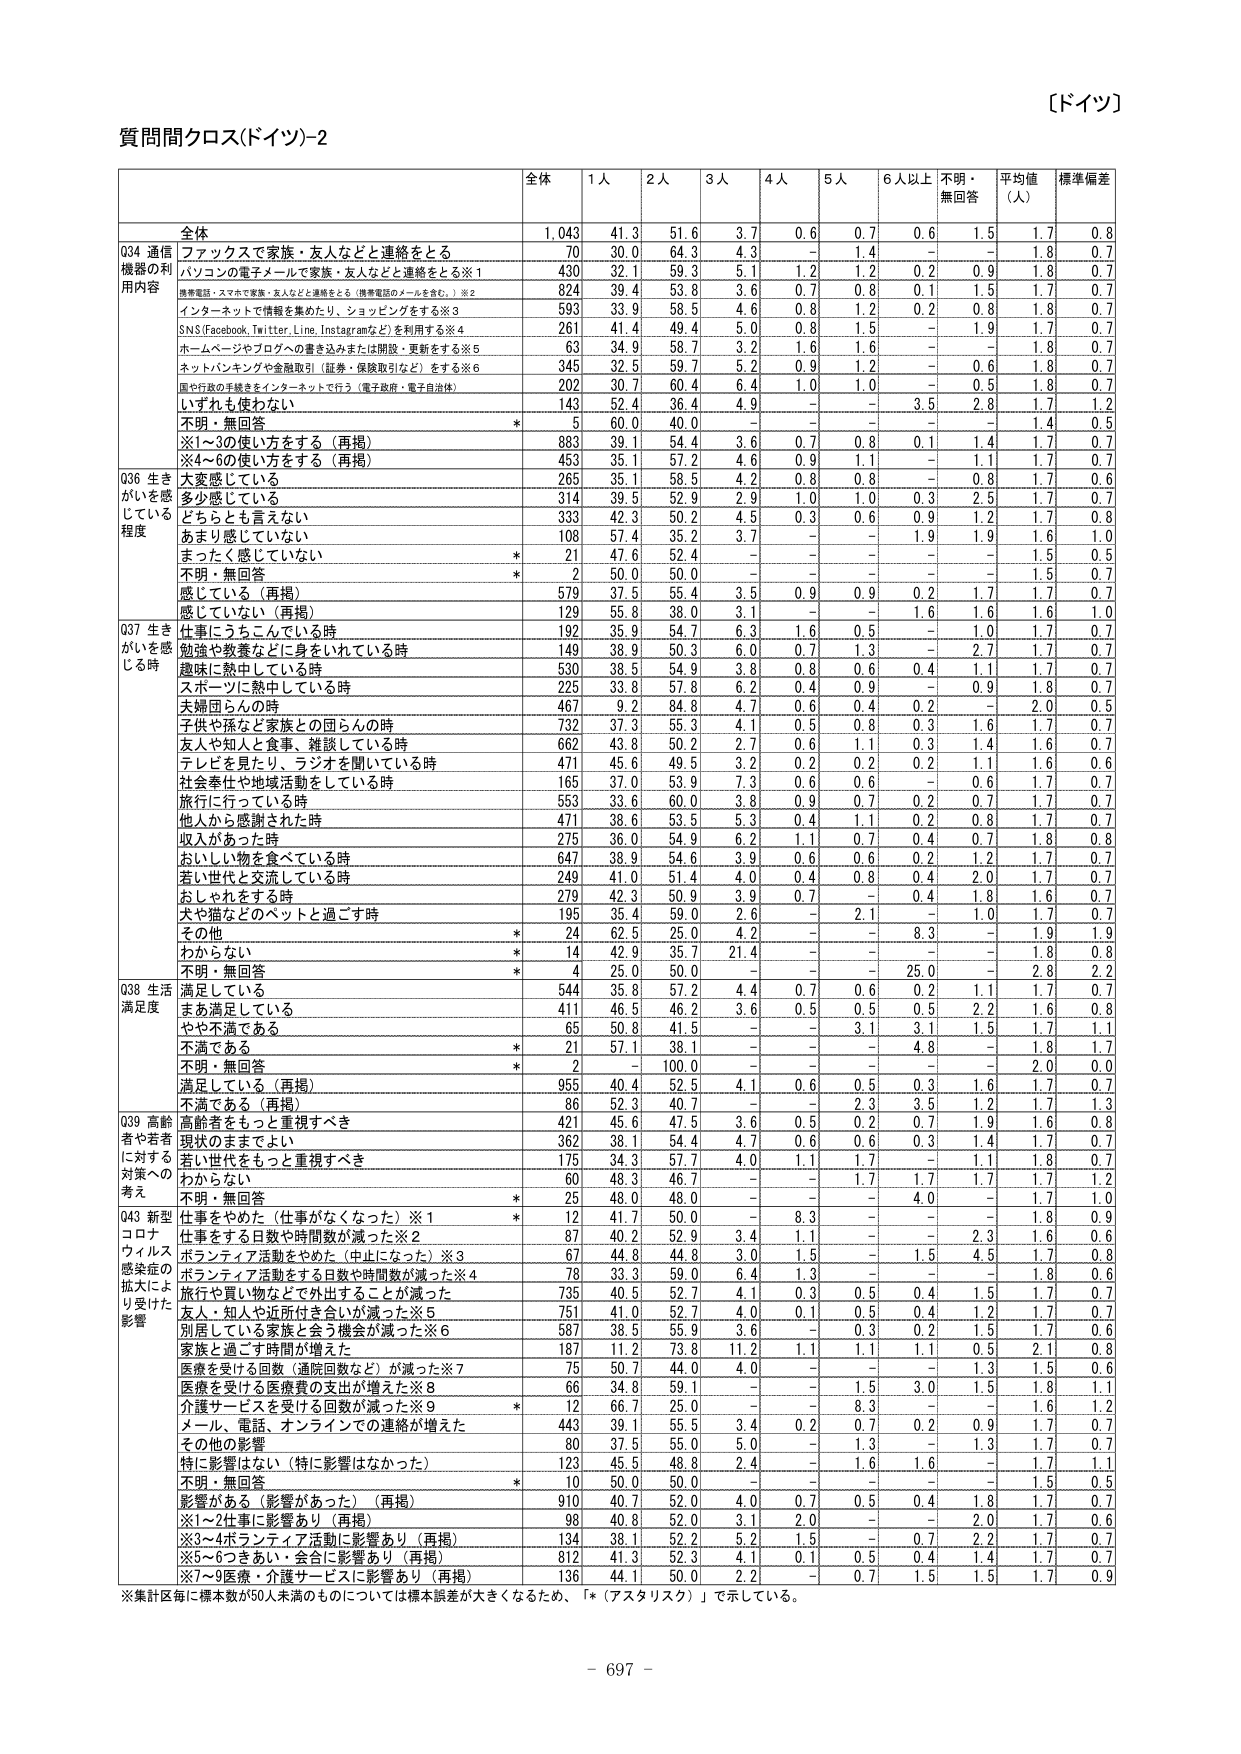
【ドイツ】

質問間クロス(ドイツ)-2

全体 1人 2人 3人 4人 5人 6人以上 不明・ 無回答 平均値 （人） 標準偏差

全体 1,043 41.3 51.6 3.7 0.6 0.7 0.6 1.5 1.7 0.8

Q34 通信 ファックスで家族・友人などと連絡をとる 70 30.0 64.3 4.3 - 1.4 - - 1.8 0.7
機器の利 パソコンの電子メールで家族・友人などと連絡をとる※1 430 32.1 59.3 5.1 1.2 1.2 0.2 0.9 1.8 0.7
用内容 携帯電話・スマホで家族・友人などと連絡をとる（携帯電話のメールを含む。）※2 824 39.4 53.8 3.6 0.7 0.8 0.1 1.5 1.7 0.7
インターネットで情報を集めたり、ショッピングをする※3 593 33.9 58.5 4.6 0.8 1.2 0.2 0.8 1.8 0.7
SNS（Facebook, Twitter, Line, Instagramなど）を利用する※4 261 41.4 49.4 5.0 0.8 1.5 - 1.9 1.7 0.7
ホームページやブログへの書き込みまたは閲覧・更新をする※5 63 34.9 58.7 3.2 1.6 1.6 - - 1.8 0.7
ネットバンキングや金融取引（証券・保険取引など）をする※6 345 32.5 59.7 5.2 0.9 1.2 - 0.6 1.8 0.7
国や行政の手続きをインターネットで行う（電子政府・電子自治体） 202 30.7 60.4 6.4 1.0 1.0 - 0.5 1.8 0.7
いずれも使わない 143 52.4 36.4 4.9 - - 3.5 2.8 1.7 1.2
不明・無回答 * 5 60.0 40.0 - - - - - 1.4 0.5
※1～3の使い方をする（再掲） 883 39.1 54.4 3.6 0.7 0.8 0.1 1.4 1.7 0.7
※4～6の使い方をする（再掲） 453 35.1 57.2 4.6 0.9 1.1 - 1.1 1.7 0.7

Q36 生き 大変感じている 265 35.1 58.5 4.2 0.8 0.8 - 0.8 1.7 0.6
がいを感じ 多少感じている 314 39.5 52.9 2.9 1.0 1.0 0.3 2.5 1.7 0.7
している どちらとも言えない 333 42.3 50.2 4.5 0.3 0.6 0.9 1.2 1.7 0.8
程度 あまり感じていない 108 57.4 35.2 3.7 - - 1.9 1.9 1.6 1.0
まったく感じていない * 21 47.6 52.4 - - - - - 1.5 0.5
不明・無回答 * 2 50.0 50.0 - - - - - 1.5 0.7
感じている（再掲） 579 37.5 55.4 3.5 0.9 0.9 0.2 1.7 1.7 0.7
感じていない（再掲） 129 55.8 38.0 3.1 - - 1.6 1.6 1.6 1.0

Q37 生き 仕事にうちこんでいる時 192 35.9 54.7 6.3 1.6 0.5 - 1.0 1.7 0.7
がいを感じ 勤勉や教養などに身をいれている時 149 38.9 50.3 6.0 0.7 1.3 - 2.7 1.7 0.7
いる時 趣味に熱中している時 530 38.5 54.9 3.8 0.8 0.6 0.4 1.1 1.7 0.7
スポーツに熱中している時 225 33.8 57.8 6.2 0.4 0.9 - 0.9 1.8 0.7
夫婦団らんの時 467 9.2 84.8 4.7 0.6 0.4 0.2 - 2.0 0.5
子供や孫など家族との団らんの時 732 37.3 55.3 4.1 0.5 0.8 0.3 1.6 1.7 0.7
友人や知人と食事、雑談している時 662 43.8 50.2 2.7 0.6 1.1 0.3 1.4 1.6 0.7
テレビを見たり、ラジオを聞いている時 471 45.6 49.5 3.2 0.2 0.2 0.2 1.1 1.6 0.6
社会奉仕や地域活動をしている時 165 37.0 53.9 7.3 0.6 0.6 - 0.6 1.7 0.7
旅行に行っている時 553 33.6 60.0 3.8 0.9 0.7 0.2 0.7 1.7 0.7
他人から感謝された時 471 38.6 53.5 5.3 0.4 1.1 0.2 0.8 1.7 0.7
収入があった時 275 36.0 54.9 6.2 1.1 0.7 0.4 0.7 1.8 0.8
おいしい物を食べている時 647 38.9 54.6 3.9 0.6 0.6 0.2 1.2 1.7 0.7
若い世代と交流している時 249 41.0 51.4 4.0 0.4 0.8 0.4 2.0 1.7 0.7
おしゃれをする時 279 42.3 50.9 3.9 0.7 - 0.4 1.8 1.6 0.7
犬や猫などのペットと過ごす時 195 35.4 59.0 2.6 - 2.1 - 1.0 1.7 0.7
その他 * 24 62.5 25.0 4.2 - - 8.3 - 1.9 1.9
わからない * 14 42.9 35.7 21.4 - - - - 1.8 0.8
不明・無回答 * 4 25.0 50.0 - - - 25.0 - 2.8 2.2

Q38 生活 満足している 544 35.8 57.2 4.4 0.7 0.6 0.2 1.1 1.7 0.7
満足度 まあ満足している 411 46.5 46.2 3.6 0.5 0.5 0.5 2.2 1.6 0.8
やや不満である 65 50.8 41.5 - - 3.1 3.1 1.5 1.7 1.1
不満である * 21 57.1 38.1 - - - 4.8 - 1.8 1.7
不明・無回答 * 2 - 100.0 - - - - - 2.0 0.0
満足している（再掲） 955 40.4 52.5 4.1 0.6 0.5 0.3 1.6 1.7 0.7
不満である（再掲） 86 52.3 40.7 - - 2.3 3.5 1.2 1.7 1.3

Q39 高齢 高齢者をもっと重視すべき 421 45.6 47.5 3.6 0.5 0.2 0.7 1.9 1.6 0.8
者や若者 現状のままでよい 362 38.1 54.4 4.7 0.6 0.6 0.3 1.4 1.7 0.7
に対する 若い世代をもっと重視すべき 175 34.3 57.7 4.0 1.1 1.7 - 1.1 1.8 0.7
対策への わからない 60 48.3 46.7 - - 1.7 1.7 1.7 1.7 1.2
考え 不明・無回答 * 25 48.0 48.0 - - - 4.0 - 1.7 1.0

Q43 新型 仕事をやめた（仕事がなくなった）※1 * 12 41.7 50.0 - 8.3 - - - 1.8 0.9
コロナ 仕事をする日数や時間が減った※2 87 40.2 52.9 3.4 1.1 - - 2.3 1.6 0.6
ウィルス ボランティア活動をやめた（中止になった）※3 67 44.8 44.8 3.0 1.5 - 1.5 4.5 1.7 0.8
感染症の ボランティア活動をする日数や時間が減った※4 78 33.3 59.0 6.4 1.3 - - - 1.8 0.6
拡大によ 旅行や買い物などで外出することが減った 735 40.5 52.7 4.1 0.3 0.5 0.4 1.5 1.7 0.7
り受けた 友人・知人や近所付き合いが減った※5 751 41.0 52.7 4.0 0.1 0.5 0.4 1.2 1.7 0.7
影響 別居している家族と会う機会が減った※6 587 38.5 55.9 3.6 - 0.3 0.2 1.5 1.7 0.6
家族と過ごす時間が増えた 187 11.2 73.8 11.2 1.1 1.1 1.1 0.5 2.1 0.8
医療を受ける回数（通院回数など）が減った※7 75 50.7 44.0 4.0 - - - 1.3 1.5 0.6
医療を受ける医療費の支出が増えた※8 66 34.8 59.1 - - 1.5 3.0 1.5 1.8 1.1
介護サービスを受ける回数が減った※9 * 12 66.7 25.0 - - 8.3 - - 1.6 1.2
メール、電話、オンラインでの連絡が増えた 443 39.1 55.5 3.4 0.2 0.7 0.2 0.9 1.7 0.7
その他の影響 80 37.5 55.0 5.0 - 1.3 - 1.3 1.7 0.7
特に影響はない（特に影響はなかった） 123 45.5 48.8 2.4 - 1.6 1.6 - 1.7 1.1
不明・無回答 * 10 50.0 50.0 - - - - - 1.5 0.5
影響がある（影響があった）（再掲） 910 40.7 52.0 4.0 0.7 0.5 0.4 1.8 1.7 0.7
※1～2仕事に影響あり（再掲） 98 40.8 52.0 3.1 2.0 - - 2.0 1.7 0.6
※3～4ボランティア活動に影響あり（再掲） 134 38.1 52.2 5.2 1.5 - 0.7 2.2 1.7 0.7
※5～6つきあい・会合に影響あり（再掲） 812 41.3 52.3 4.1 0.1 0.5 0.4 1.4 1.7 0.7
※7～9医療・介護サービスに影響あり（再掲） 136 44.1 50.0 2.2 - 0.7 1.5 1.5 1.7 0.9

※集計区毎に標本数が50人未満のものについては標本誤差が大きくなるため、「*（アスタリスク）」で示している。

- 697 -